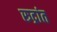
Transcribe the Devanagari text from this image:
रुद्रांत